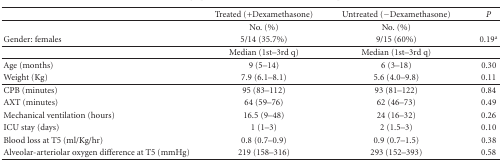
<table><thead><tr><td>[EMPTY_CELL]</td><td><b>Treated (+Dexamethasone)</b></td><td><b>Untreated (−Dexamethasone)</b></td><td><b><i>P</i></b></td></tr></thead><tbody><tr><td>[EMPTY_CELL]</td><td>No. (%)</td><td>No. (%)</td><td>[EMPTY_CELL]</td></tr><tr><td>Gender: females</td><td>5/14 (35.7%)</td><td>9/15 (60%)</td><td>0.19 <sup>a</sup></td></tr><tr><td>[EMPTY_CELL]</td><td>Median (1st–3rd q)</td><td>Median (1st–3rd q)</td><td>[EMPTY_CELL]</td></tr><tr><td>Age (months)</td><td>9 (5–14)</td><td>6 (3–18)</td><td>0.30</td></tr><tr><td>Weight (Kg)</td><td>7.9 (6.1–8.1)</td><td>5.6 (4.0–9.8)</td><td>0.11</td></tr><tr><td>CPB (minutes)</td><td>95 (83–112)</td><td>93 (81–122)</td><td>0.84</td></tr><tr><td>AXT (minutes)</td><td>64 (59–76)</td><td>62 (46–73)</td><td>0.49</td></tr><tr><td>Mechanical ventilation (hours)</td><td>16.5 (9–48)</td><td>24 (16–32)</td><td>0.26</td></tr><tr><td>ICU stay (days)</td><td>1 (1–3)</td><td>2 (1.5–3)</td><td>0.10</td></tr><tr><td>Blood loss at T5 (ml/Kg/hr)</td><td>0.8 (0.7–0.9)</td><td>0.9 (0.7–1.5)</td><td>0.38</td></tr><tr><td>Alveolar-arteriolar oxygen difference at T5 (mmHg)</td><td>219 (158–316)</td><td>293 (152–393)</td><td>0.58</td></tr></tbody></table>